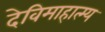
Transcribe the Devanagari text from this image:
देविमाहात्म्य